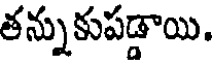
తన్నుకుపడ్డాయి.